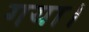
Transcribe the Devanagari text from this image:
गया।